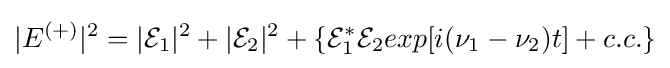
|E^{(+)}|^{2}=|{\mathcal {E}}_{1}|^{2}+|{\mathcal {E}}_{2}|^{2}+\lbrace {\mathcal {E}}_{1}^{*}{\mathcal {E}}_{2}exp\lbrack i(\nu _{1}-\nu _{2})t\rbrack +c.c.\rbrace